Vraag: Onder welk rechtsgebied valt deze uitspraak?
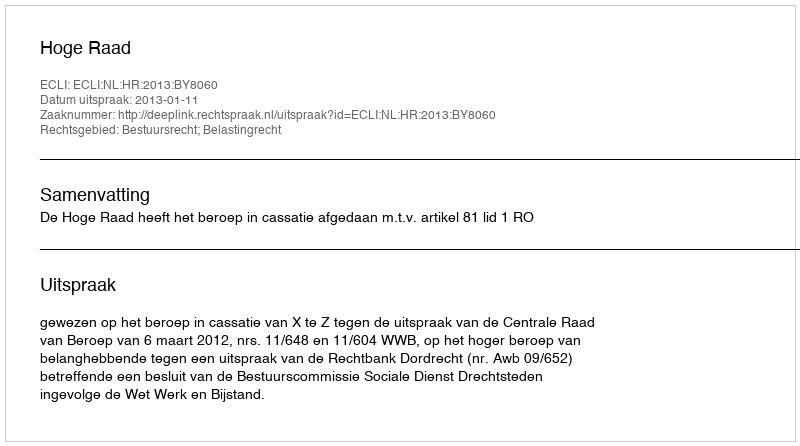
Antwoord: Bestuursrecht; Belastingrecht